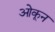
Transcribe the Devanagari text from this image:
ओकून